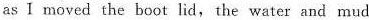
as Ⅰ moved the boot lid, the water and mud